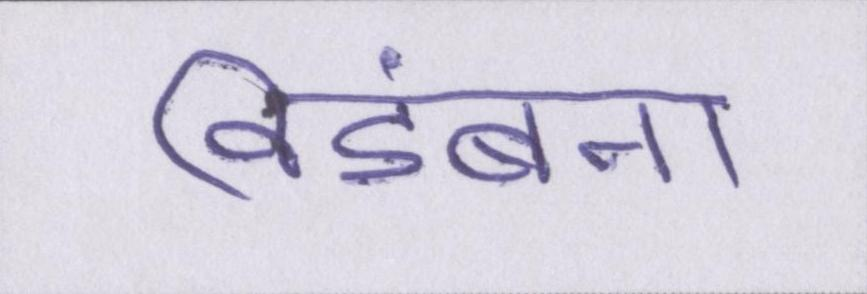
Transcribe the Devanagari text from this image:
विडंबना